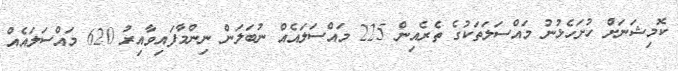
ކޮމިޝަނަށް ހުށަހެޅުނު މައްސަލަތަކުގެ ތެރެއިން 225 މައްސަލައެއް ނުބަލަން ނިންމާފައިވާއިރު 620 މައްސަލައެއް